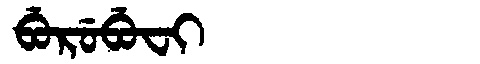
Manchu: ᠪᡠᡵᡠᠪᡠᠸᡳ
Romanization: BURUBUFI